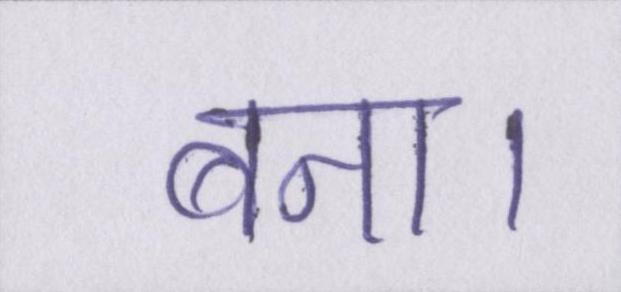
बना।